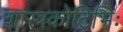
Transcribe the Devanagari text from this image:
शास्त्रकोटिभिः